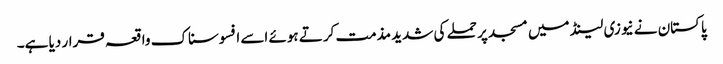
پاکستان نے نیوزی لینڈ میں مسجد پر حملے کی شدید مذمت کرتے ہوئے اسے افسوسناک واقعہ قرار دیا ہے۔